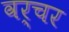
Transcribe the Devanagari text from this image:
वर्चर